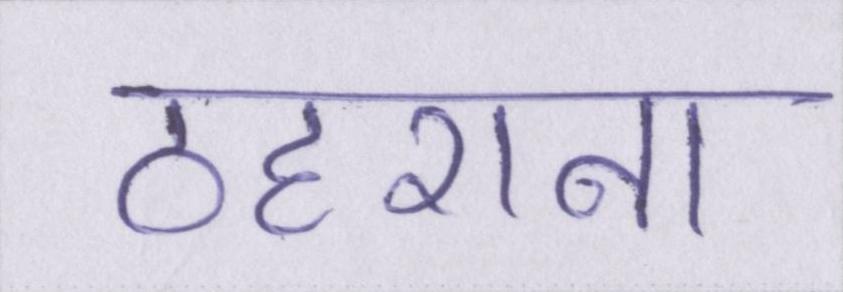
ठहराना